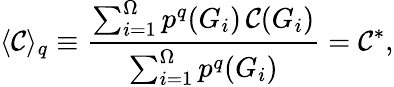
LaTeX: \langle\mathcal{C}\rangle_{q}\equiv\frac{{\sum_{i=1}^{\Omega}p^{q}(G_{i})\, \mathcal{C}(G_{i})}}{{\sum_{i=1}^{\Omega}p^{q}(G_{i})}}=\mathcal{C}^{*},